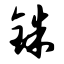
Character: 铢